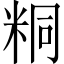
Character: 粡